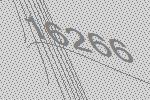
16266